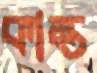
কান্ত